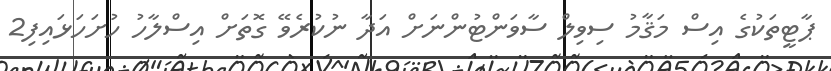
ޕާޓީތަކުގެ އިސް މަޤާމު ސިވިލް ސާވަންޓުންނަށް އަދާ ނުކުރެވޭ ގޮތަށް އިސްލާހު ހުށަހަޅައިފި2